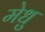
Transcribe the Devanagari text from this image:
मेधु